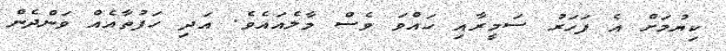
ކިޔުމަށް އެ ފަހަރު ސަމީރާއި ހައްވަ ވެސް މާލެއައެވެ. އަދި ހަފުތާއެއް ވަންދެން